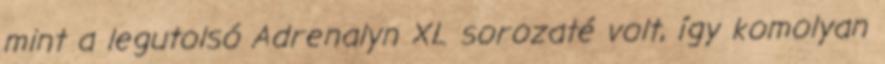
mint a legutolsó Adrenalyn XL sorozaté volt, így komolyan